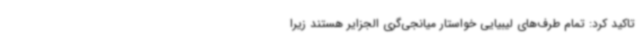
تاکید کرد: تمام طرف‌های لیبیایی خواستار میانجی‌گری الجزایر هستند زیرا